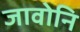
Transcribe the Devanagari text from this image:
जावोनि